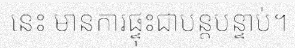
នេះ មានការផ្ទុះជាបន្តបន្ទាប់។